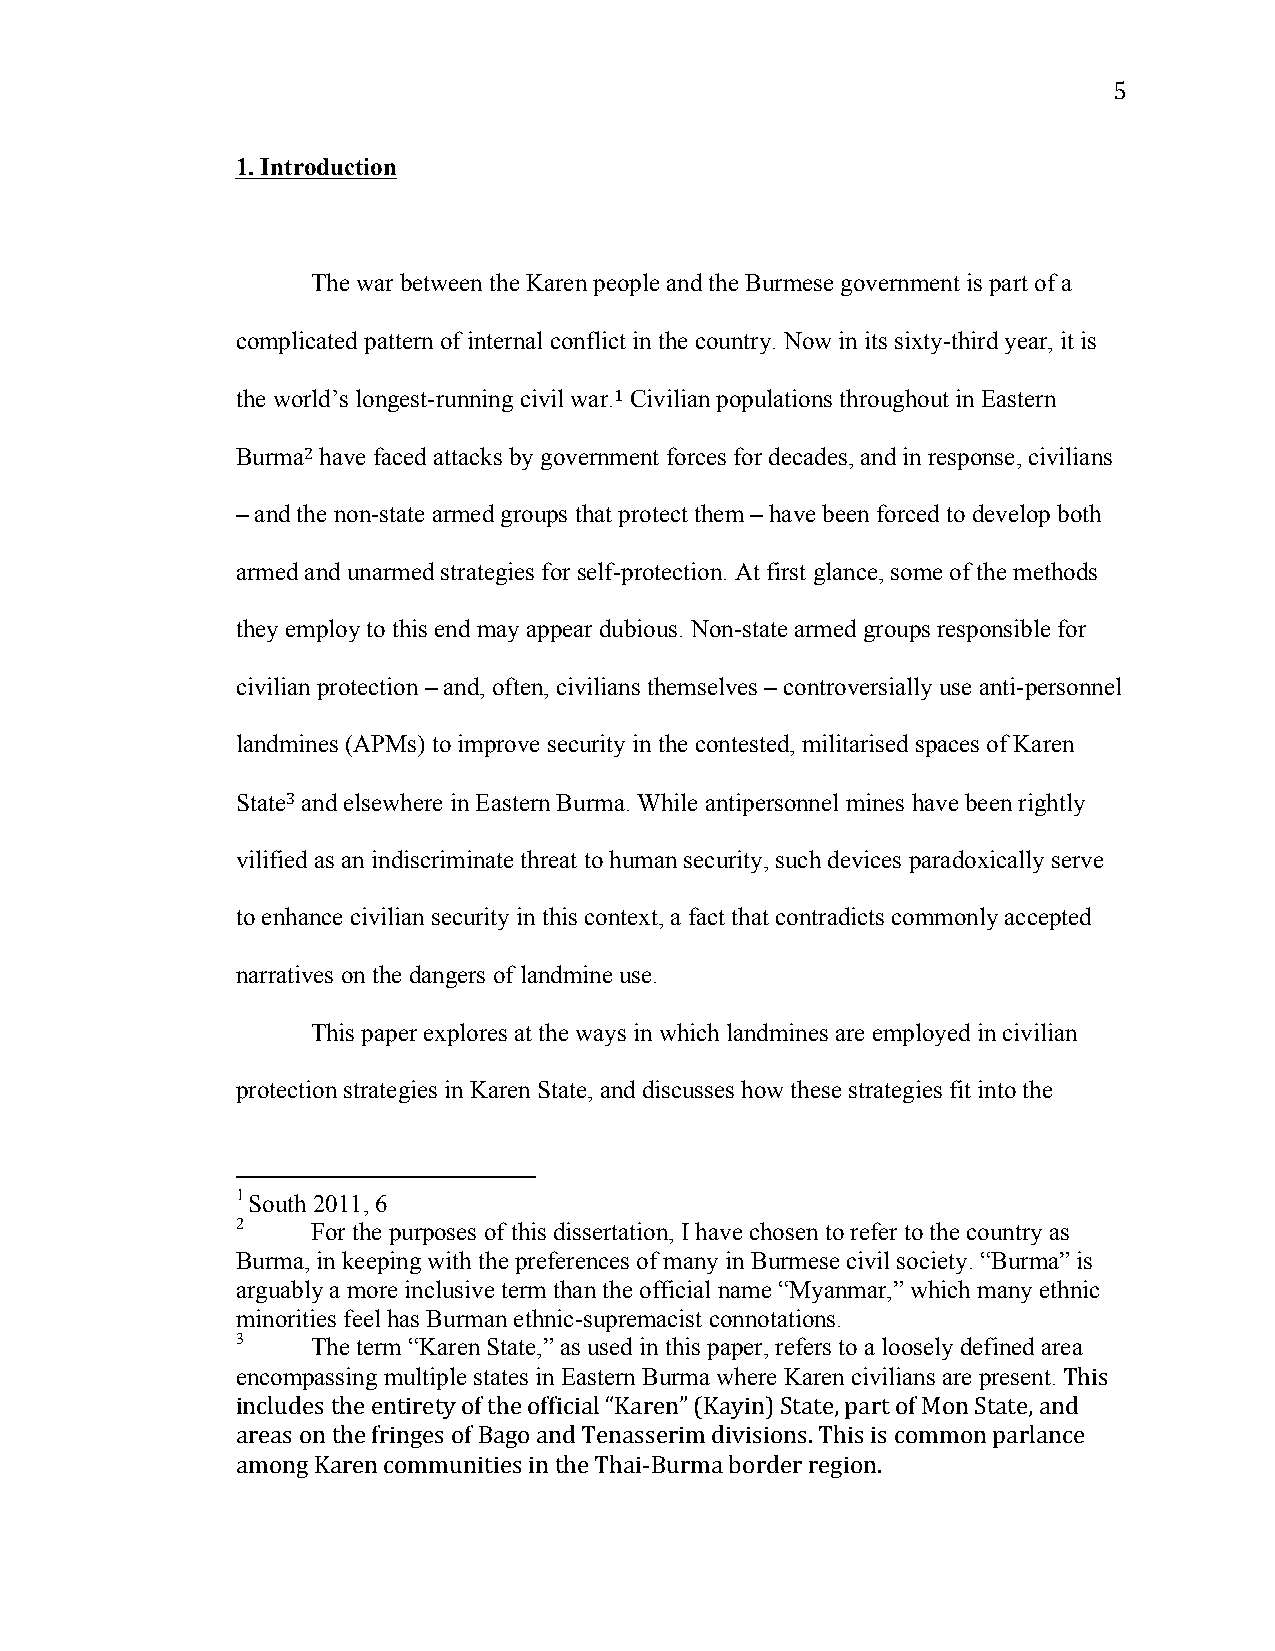
5
 1. Introduction
 The war between the Karen people and the Burmese government is part of a
 complicated pattern of internal conflict in the country. Now in its sixty-third year, it is
 the world’s longest-running civil war.1 Civilian populations throughout in Eastern
 Burma2 have faced attacks by government forces for decades, and in response, civilians
 – and the non-state armed groups that protect them – have been forced to develop both
 armed and unarmed strategies for self-protection. At first glance, some of the methods
 they employ to this end may appear dubious. Non-state armed groups responsible for
 civilian protection – and, often, civilians themselves – controversially use anti-personnel
 landmines (APMs) to improve security in the contested, militarised spaces of Karen
 State3 and elsewhere in Eastern Burma. While antipersonnel mines have been rightly
 vilified as an indiscriminate threat to human security, such devices paradoxically serve
 to enhance civilian security in this context, a fact that contradicts commonly accepted
 narratives on the dangers of landmine use.
 This paper explores at the ways in which landmines are employed in civilian
 protection strategies in Karen State, and discusses how these strategies fit into the
 1 South 2011, 6
 2    For the purposes of this dissertation, I have chosen to refer to the country as
 Burma, in keeping with the preferences of many in Burmese civil society. “Burma” is
 arguably a more inclusive term than the official name “Myanmar,” which many ethnic
 minorities feel has Burman ethnic-supremacist connotations.
 3    The term “Karen State,” as used in this paper, refers to a loosely defined area
 encompassing multiple states in Eastern Burma where Karen civilians are present. This
 includes the entirety of the official “Karen” (Kayin) State, part of Mon State, and
 areas on the fringes of Bago and Tenasserim divisions. This is common parlance
 among Karen communities in the Thai-­‐Burma border region.